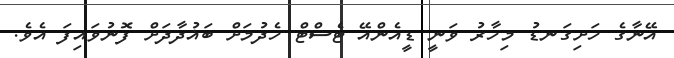
އޭނާގެ ހަށިގަނޑު މިހާރު ވަނީ ޑީއެންއޭ ޓެސްޓް ހެދުމަށް ބަޣުދާދަށް ފޮނުވައިފަ އެވެ.